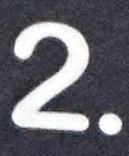
2.